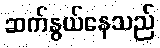
ဆက်နွယ်နေသည်